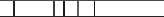
٣٣